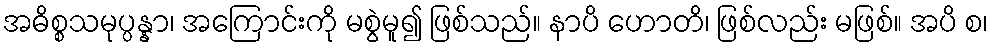
အဓိစ္စသမုပ္ပန္နာ၊ အကြောင်းကို မစွဲမူ၍ ဖြစ်သည်။ နာပိ ဟောတိ၊ ဖြစ်လည်း မဖြစ်။ အပိ စ၊